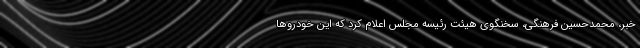
خبر، محمدحسین فرهنگی، سخنگوی هیئت رئیسه مجلس اعلام کرد که این خودروها